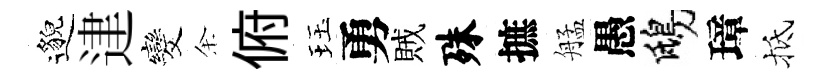
邈䢖发余俯珏勇賊殊摭艋愚鴟璋抵